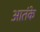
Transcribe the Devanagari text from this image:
आतंके